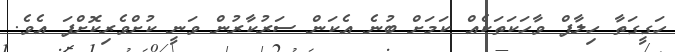
ހަގީގަތާ ހިލާފް ވާހަކަތަކެއް ކަމަށް ބުނެ އެކަން ސަރުކާރުން ވަނީ ކުށްވެރިކޮށްފަ އެވެ.